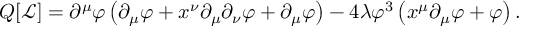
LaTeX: Q [ { \mathcal { L } } ] = \partial ^ { \mu } \varphi \left( \partial _ { \mu } \varphi + x ^ { \nu } \partial _ { \mu } \partial _ { \nu } \varphi + \partial _ { \mu } \varphi \right) - 4 \lambda \varphi ^ { 3 } \left( x ^ { \mu } \partial _ { \mu } \varphi + \varphi \right) .